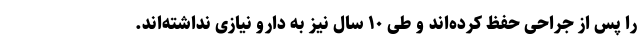
را پس از جراحی حفظ کرده‌اند و طی ۱۰ سال نیز به دارو نیازی نداشته‌اند.